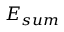
E _ { s u m }